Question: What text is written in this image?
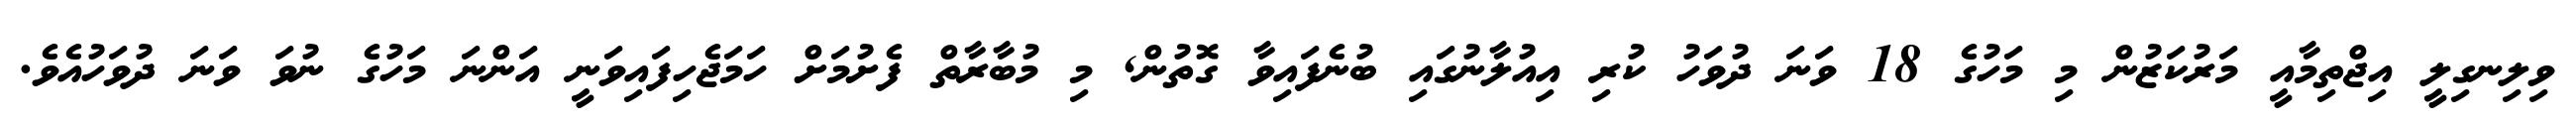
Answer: ވިލިނގިލީ އިޖްތިމާއީ މަރުކަޒުން މި މަހުގެ 18 ވަނަ ދުވަހު ކުރި އިއުލާނުގައި ބުނެފައިވާ ގޮތުން, މި މުބާރާތް ފެށުމަށް ހަމަޖެހިފައިވަނީ އަންނަ މަހުގެ ނުވަ ވަނަ ދުވަހުއެވެ.